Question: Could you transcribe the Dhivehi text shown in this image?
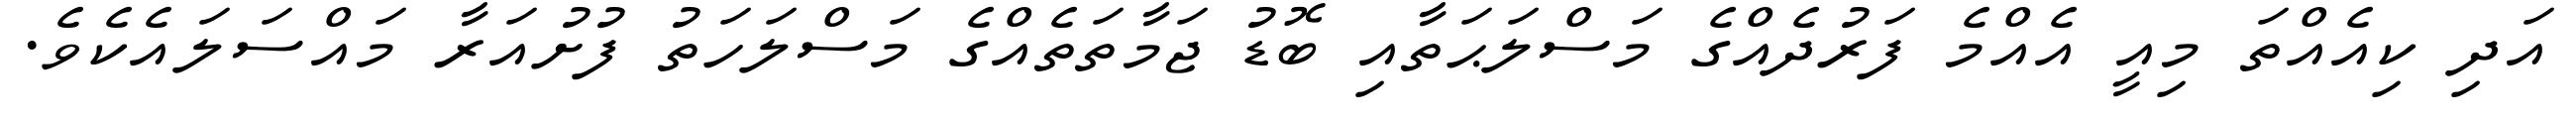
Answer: އަދި ކިއެއްތަ މިއީ އެއްމެ ފަރުދެއްގެ މަސްލަޙަތާއި ބޮޑު ޖަމާތަތެއްގެ މަސްލަހަތު ފުށުއަރާ މައްސަލައެކެވެ.